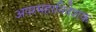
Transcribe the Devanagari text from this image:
अपरमहानिदेशक